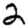
Digit: 2